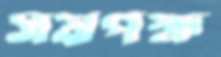
সমপক্ষ